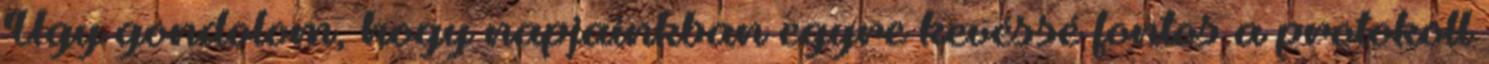
Úgy gondolom, hogy napjainkban egyre kevéssé fontos a protokoll